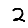
Digit: 2